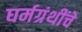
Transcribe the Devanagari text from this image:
घर्मग्रंथींचे